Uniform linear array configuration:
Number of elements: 48
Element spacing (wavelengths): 0.5
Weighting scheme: exponential
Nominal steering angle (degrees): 0
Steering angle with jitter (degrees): -1.113
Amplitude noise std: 0.05
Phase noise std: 0.05

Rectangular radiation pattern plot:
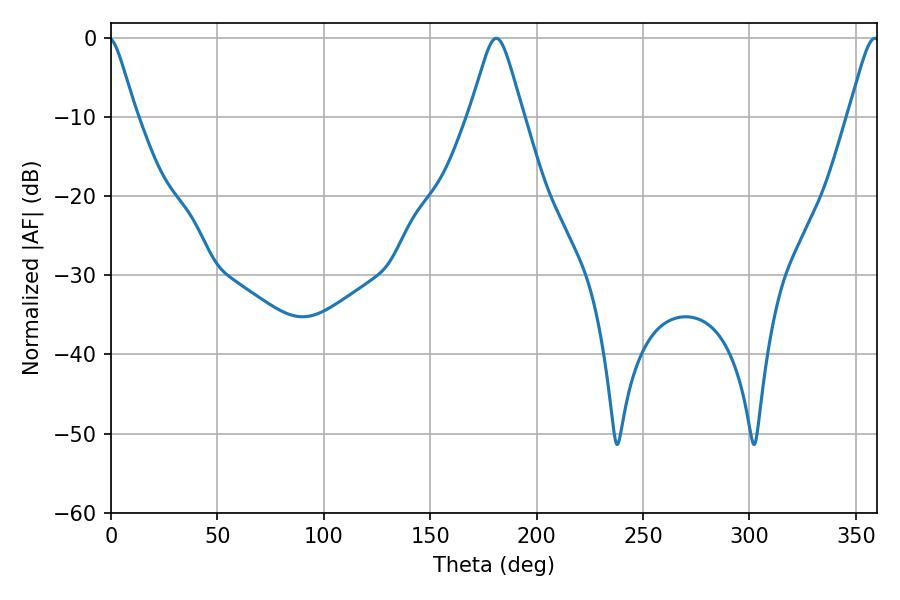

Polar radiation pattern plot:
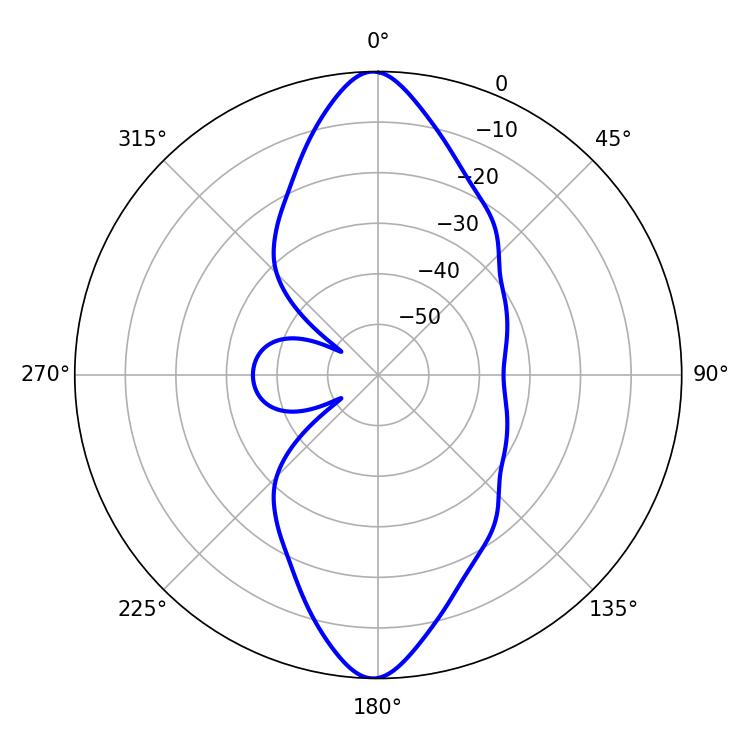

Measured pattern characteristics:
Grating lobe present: FALSE
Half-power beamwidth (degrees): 11.7
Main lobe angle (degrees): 181.08